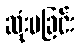
ဆုံးမခြင်း